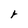
Character: r